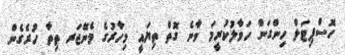
ހޮސްޕިޓަލް ހިންގަން ހަވާލުކުރީމަ ވާނެ ގޮތް ތިޔައީ މިހާރުގެ މެނޭޖަރ ތިތާ ހުރެގެން